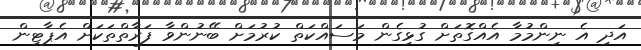
އަދި އެ ނިންމުމާ އެއްގޮތަށް ގުޅިގެން މަސައްކަތް ކުރުމަށް ބޭނުންވާ ފަރާތްތަކަށް އެޕާޓިން